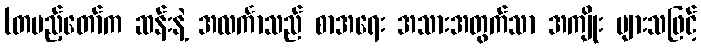
(တပည့်တော်က ဆန်းနဲ့ အလင်္ကာသည် စာအရေး အသားအတွက်သာ အကျိုး များသဖြင့်